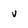
Character: v